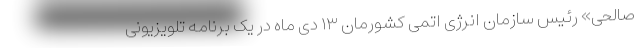
صالحی» رئیس سازمان انرژی اتمی کشورمان ۱۳ دی ماه در یک برنامه تلویزیونی